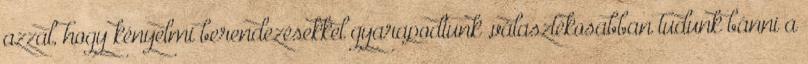
azzal, hogy kényelmi berendezésekkel gyarapodtunk ,választékosabban tudunk bánni a